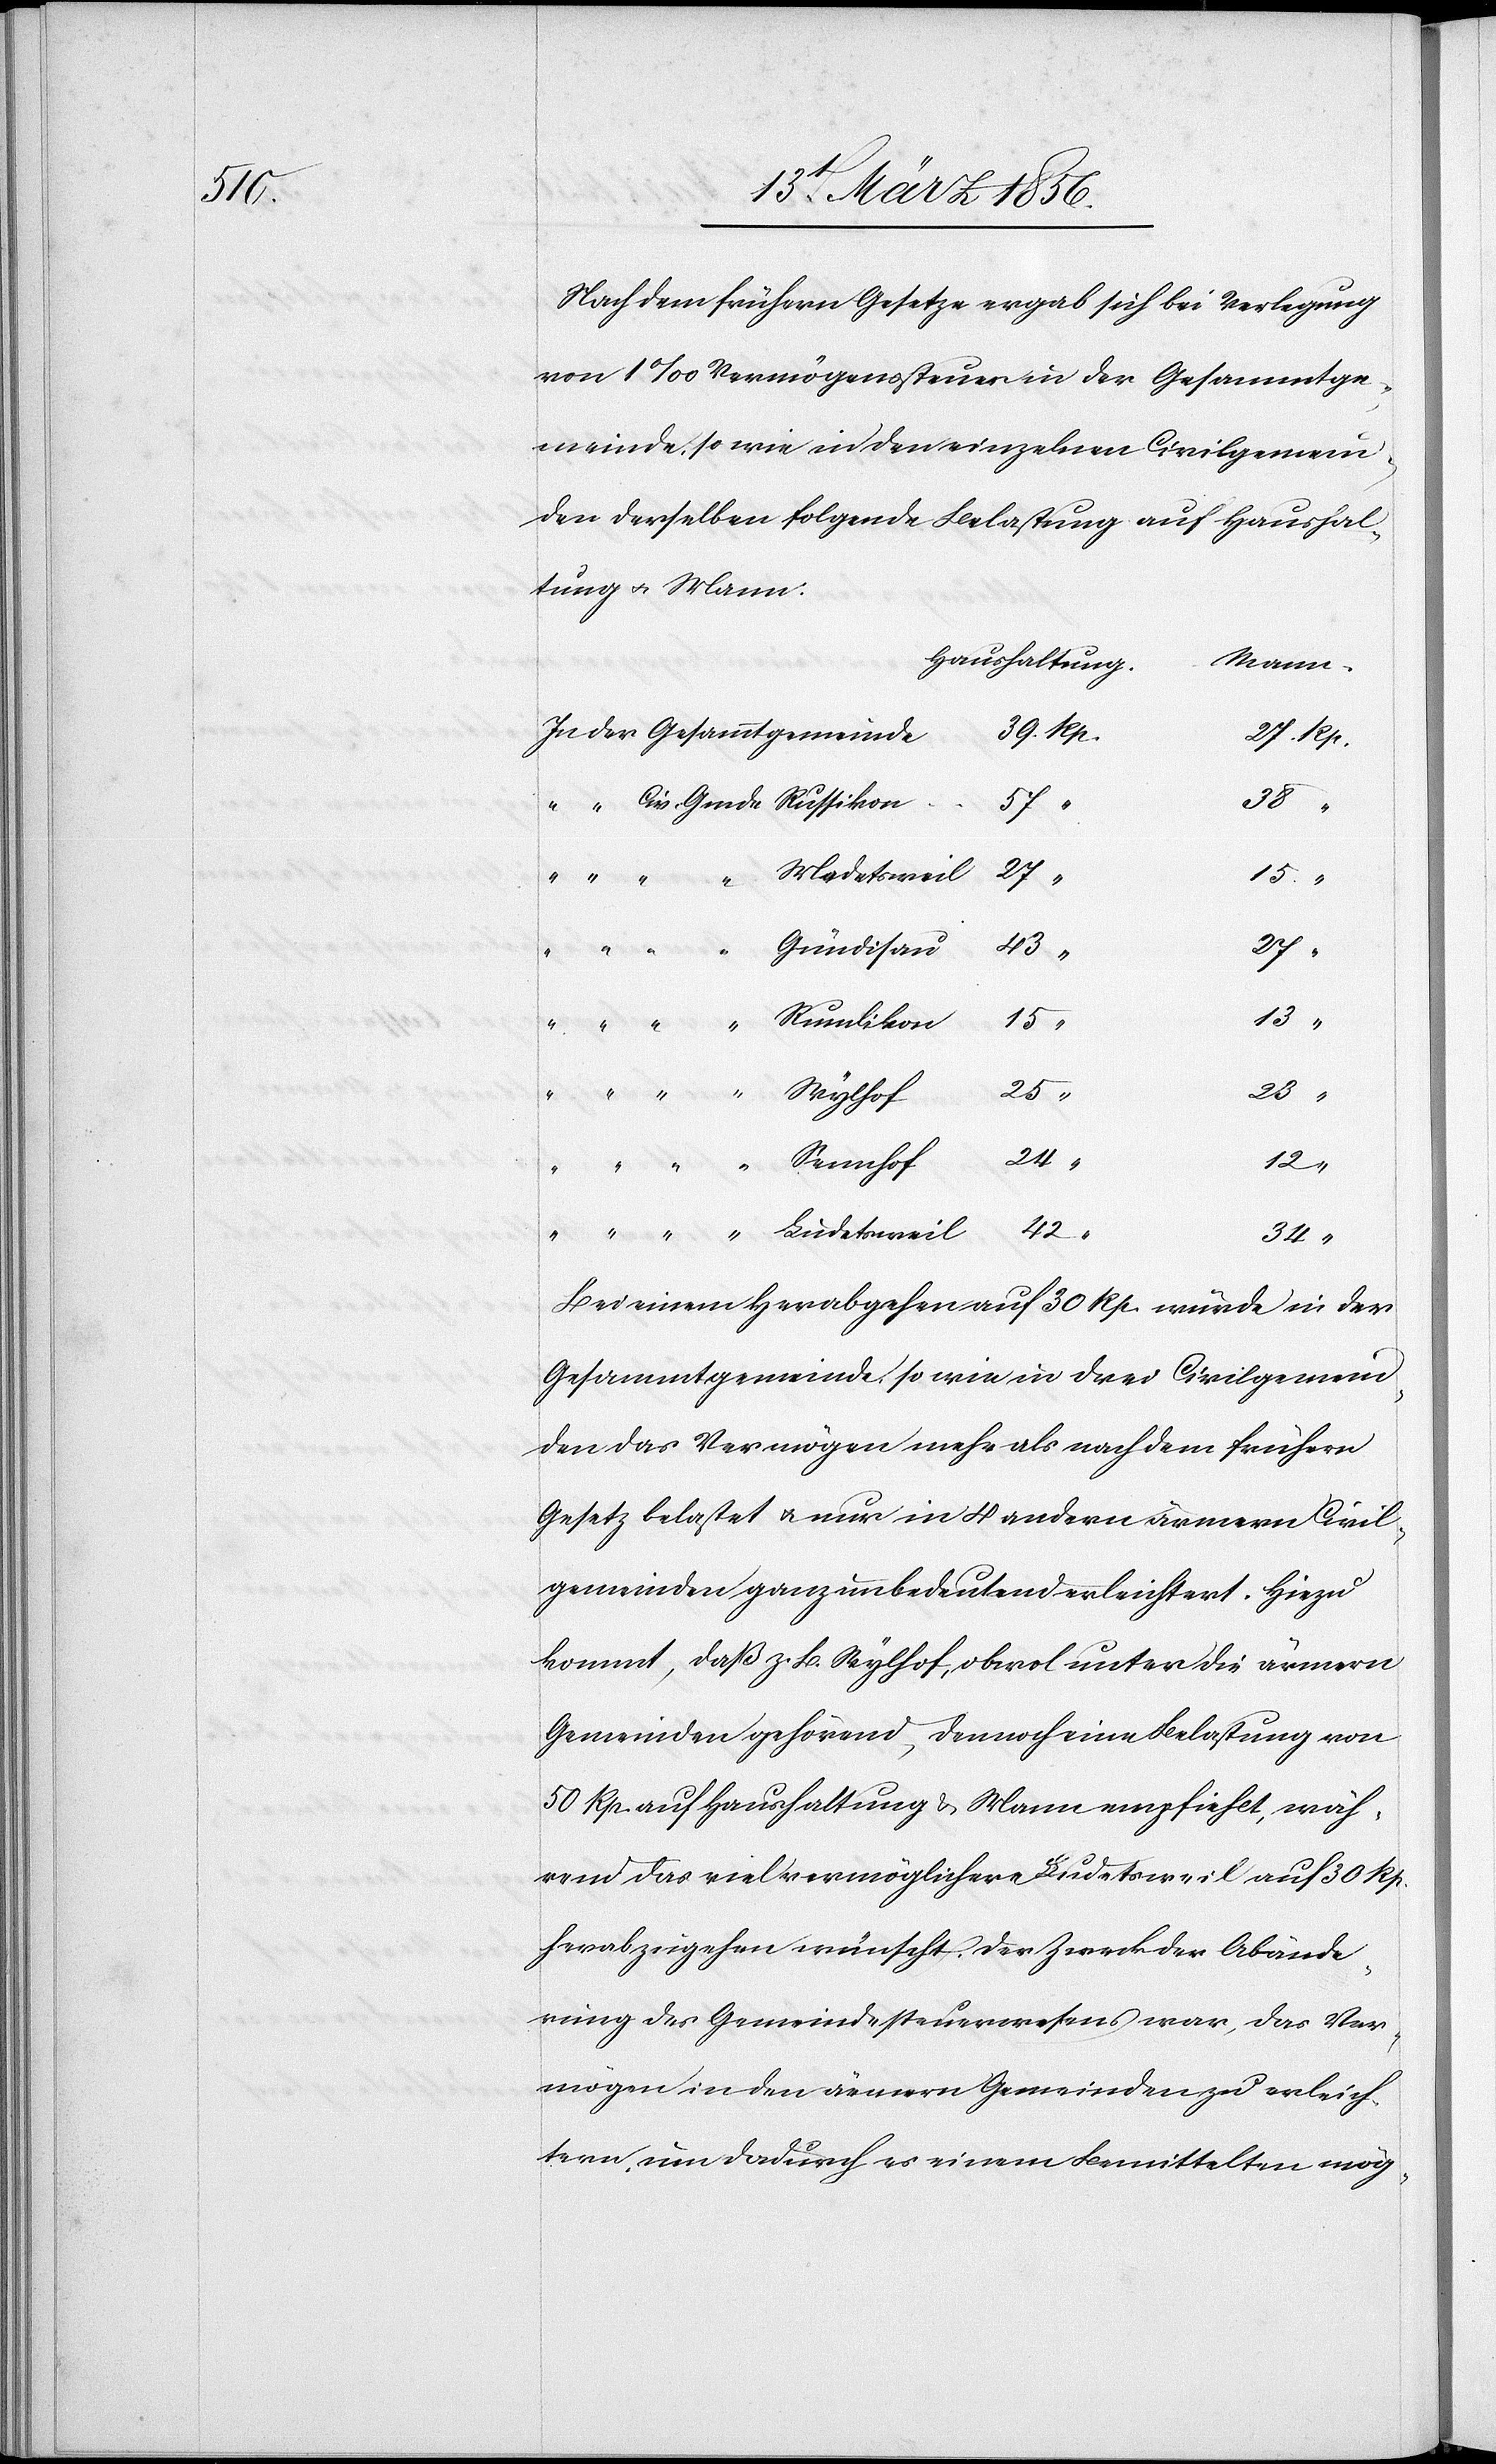
Nach dem frühern Gesetze ergab sich bei Verlegung
von 1‰ Vermögenssteuer in der Gesammtge¬
meinde, sowie in den einzelnen Civilgemein¬
den derselben folgende Belastung auf Haushal¬
tung u. Mann:
Haushaltung.
Mann.
38
27
15
39.
13
25
23
24
12
42
34
Bei einem Herabgehen auf 30 Rp. würde in der
Gesammtgemeinde, so wie in drei Civilgemein¬
den das Vermögen mehr als nach dem frühern
Gesetz belastet u. nur in 4 andern ärmern Civil¬
gemeinden ganz unbedeutend erleichtert. Hiezu
kommt, daß z. B. Wylhof, obwol unter die ärmern
Gemeinden gehörend, dennoch eine Belastung von
50 Rp. auf Haushaltung & Mann empfiehlt, wäh¬
rend das viel vermöglichere Ludetsweil auf 30 Rp.
herabzugehen wünscht. Der Zweck der Abände¬
rung des Gemeindesteuerwesens war, das Ver¬
mögen in den ärmern Gemeinden zu erleich¬
tern, um dadurch es einem Bemittelten mög-